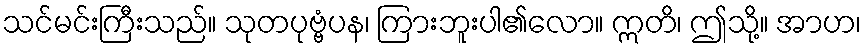
သင်မင်းကြီးသည်။ သုတပုဗ္ဗံပန၊ ကြားဘူးပါ၏လော။ ဣတိ၊ ဤသို့။ အာဟ၊